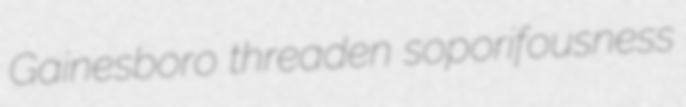
Gainesboro threaden soporifousness